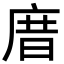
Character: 庴